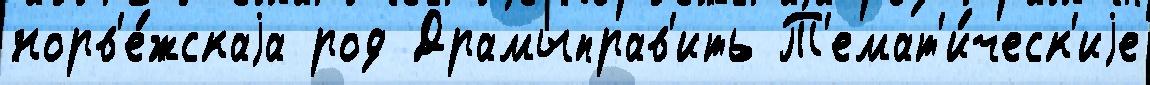
норв'е́жскаjа род Драмыправ'ить Т'емат'и́ческ'иjе